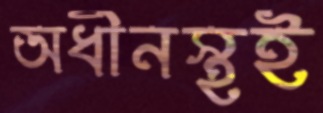
অধীনস্থই